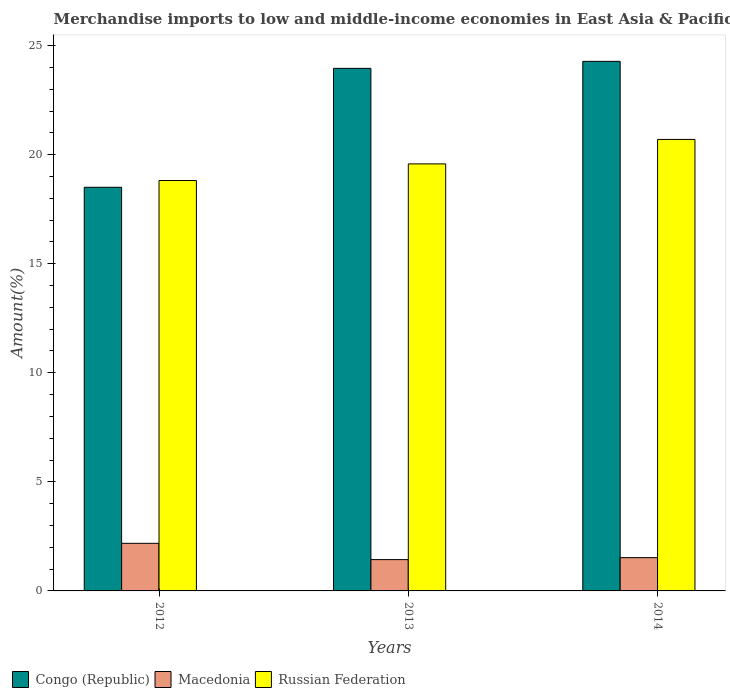
| Years | Congo (Republic) | Macedonia | Russian Federation |
 | --- | --- | --- | --- |
 | 2012 | 18.5 | 2.18 | 18.8 |
 | 2013 | 24 | 1.44 | 19.6 |
 | 2014 | 24.3 | 1.53 | 20.7 |